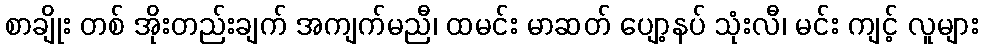
စာချိုး တစ် အိုးတည်းချက် အကျက်မညီ၊ ထမင်း မာဆတ် ပျော့နပ် သုံးလီ၊ မင်း ကျင့် လူများ